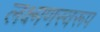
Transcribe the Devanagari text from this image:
लक्ष्मणस्वरूप